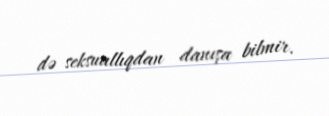
də seksuallıqdan danışa bilmir.